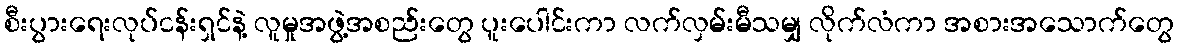
စီးပွားရေးလုပ်ငန်းရှင်နဲ့ လူမှုအဖွဲ့အစည်းတွေ ပူးပေါင်းကာ လက်လှမ်းမီသမျှ လိုက်လံကာ အစားအသောက်တွေ